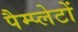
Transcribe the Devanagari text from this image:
पैम्प्लेटों